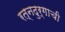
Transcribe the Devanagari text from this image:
रत्‍नदुर्गाची